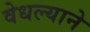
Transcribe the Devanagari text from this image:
वेधल्याने